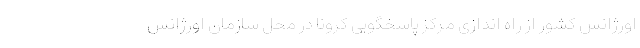
اورژانس کشور از راه اندازی مرکز پاسخگویی کرونا در محل سازمان اورژانس